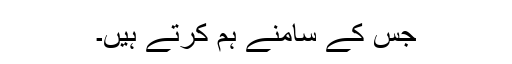
جس کے سامنے ہم کرتے ہیں۔